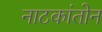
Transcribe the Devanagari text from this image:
नाटकांतोन